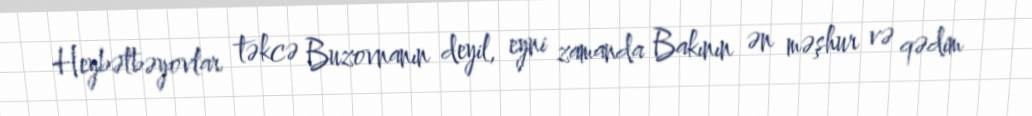
Heybətbəyovlar təkcə Buzovnanın deyil, eyni zamanda Bakının ən məşhur və qədim